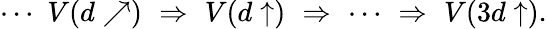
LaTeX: \cdots\, \, V(d\nearrow)\, \, \Rightarrow\, \, V(d\uparrow)\, \, \Rightarrow\, \, \cdots\, \, \Rightarrow\, \, V(3d\uparrow).